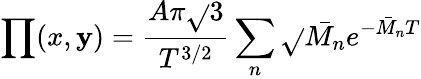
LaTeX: \prod(x,\mathbf{y})=\frac{{A\pi\sqrt{}{{3}}}}{{T^{3/2}}}\sum_{n}\sqrt{}{{\bar{{M_{n}}}}}e^{-\bar{{M}}_{n}T}